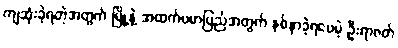
ကျဆုံးခဲ့ရတဲ့အတွက် မြို့နဲ့ အထက်ဗမာပြည်အတွက် နစ်နာခဲ့ရပေမဲ့ ဦးရာဇတ်